Bulletin of the Pasteur Institute of Southern India, Coonoor - No. 1.
Year: 1908
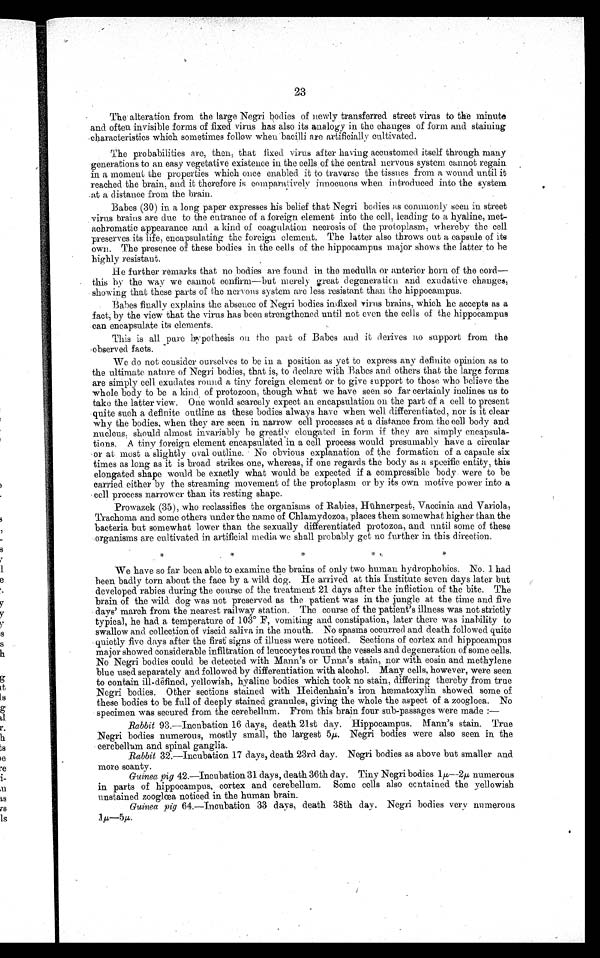
23
The alteration from the large Negri bodies of newly transferred street virus to the minute
and often invisible forms of fixed virus has also its analogy in the changes of form and staining
characteristics which sometimes follow w hen bacilli are artificially cultivated.
The probabilities are then, that fixed v irus after having accustomed itself through
m a n y
generations to an easy vegetative existence in the cells of the central nervous system cannot regain
in a moment the properties which once enabled it to traverse the tissues from a wound until it
reached the brain, and it therefore is comparatively innocuous when introduced into the system
at a distance from the
b r a i n .
Babes (30) in a long paper expresses his belief that Negri bodies as commonly seen in street
virus brains are due to the entrance of a foreign element into the cell, leading to a hyaline, met
-
achromatic appearance and a kind of coagulation necrosis of the protoplasm, whereby the cell
preserves its life, encapsulating the foreign element. The latter also throws out a capsule of its
own. The presence of these bodies in the cells of the hippocampus major shows the latter to be
highly resistant.
He further remarks that no bodies are found in the medulla or anterior horn of the cord—
this by the way we cannot confirm—but merely great degeneration and exudative change
s,
showing that these parts of the nervous system are less resistant than the hippocampus.
Babes finally explains the absence of Negri bodies infixed virus brains, which he accepts as a
fact by the view that the virus has been. strengthened until not even the cells of the
hippocampus
can encapsulate its elements.
This is all pure hypothesis on the part of Babes and. it derives no support from the
observed
facts.
We do not consider ourselves to be in a position as yet to express any definite opinion as
t o
the ultimate nature of Negri bodies, that is, to declare with Babes and. others that the large forms
are simply cell exudates round a tiny foreign element or to give support to those who believe the
whole body to be a kind of protozoon, though what we have seen so far certainly inclines us to
take the latter view. One would scarcely expect an encapsulation on . the part of a cell to present
quite such a definite outline as these bodies always have when well differentiated, nor is it clear
why the bodies, when they are seen in narrow cell processes at a distance from the cell body and
nucleus, should, almost invariably be greatly elongated in form if they are simply encapsula-
tions. A tiny foreign element encapsulated in a cell process would. presumably have a circular
or at most a slightly oval outline. No obvious explanation of the formation of a capsule six
times as long as it is broad strikes one, whereas, if one regards the body as a specific entity, this
elongated, shape would be exactly what would be expected if a compressible body were to be
carried either by the streaming movement of the protoplasm or by its own motive power into
a
cell process narrower than its resting shape.
Prowazek (35), who reclassifies the organisms of Rabies, Hühnerpes, Vaccinia and Variola,
Trachoma and some others under the name of Chlamydozoa, places them somewhat higher than the
bacteria but somewhat lower than the sexually differentiated protozoa, and until some of these
organisms are cultivated in artificial media we shall probably get no further in this direction.
We have so far been able to examine the brains of only two human hydrophobics. No. 1 had
been badly torn about the face by a wild dog. He arrived at this Institute seven days later but
developed rabies during the course of the treatment 21 days after the infliction of the bite. The
brain of the wild dog was not preserved as the patient was in the jungle at the time and. five
days' march from the nearest railway station. The course of the patient's illness was not strictly
typical, he had a temperature of 103° F, vomiting and constipation, later there was inability to
swallow and collection of viscid saliva in the month. No spasms occurred and death followed quite
quietly five days after the first signs of illness were noticed. Sections of cortex and hippocampus
major showed considerable infiltration of leucocytes round the vessels and degeneration of some cells.
No Negri bodies could be detected with Mann' s or U n n a ' s
s t a i n , n o r w i t h e o s i n a n d
methylene
blue used separately and followed by differentiation with alcohol. Many cells, however, were seen
to contain ill-
yellowish, hyaline bodies which took no stain, differing thereby from true
Negri bodies. Other sections stained with Heidenhain's iron hæmatoxylin showed some of
these bodies to be full of deeply stained granules, giving the whole the aspect of a zoogloea.
N o
specimen was secured from the cerebellum. From this brain four sub-passages were made: —
Rabbit 93.—Incnbation 16 days, 21st day. Hippocampus. Mann's stain. True
Negri bodies numerous, mostly small, the largest 5µ. Negri bodies were also seen in the
cerebellum and spinal ganglia.
Rabbit 32.—Incubation 17 days, death 23rd day. Negri bodies as above but smaller and
m o r e s c a n t y .
Guinea pig 42.—Incubation 31 days, death 36th day. Tiny Negri bodies 1µ— 2µ numerous
in parts of hippocampus,c o r t e x a n d c e r e b e l l u m . S o m e c e l l s a l s oc
o n t a i n e d
the
y e l l o w i s h
unstained zooglœa noticed. in the human brain.
Guinea
piq6 4 .
— I n c u b a t i o n
3 3 d a y s , d e a t h 3 8 t h
d a y
. N e g r i b o d i e s v e r y n u m e r o u s1
µ
— 5 µ .